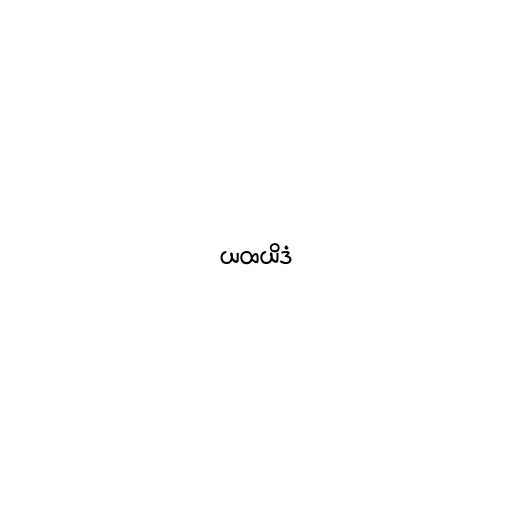
ယထယိဒံ